Report on sanitation, dispensaries, and jails in Rajputana for 1916, and on vaccination for the year 1916-1917 - 1916-1917
Year: 1916
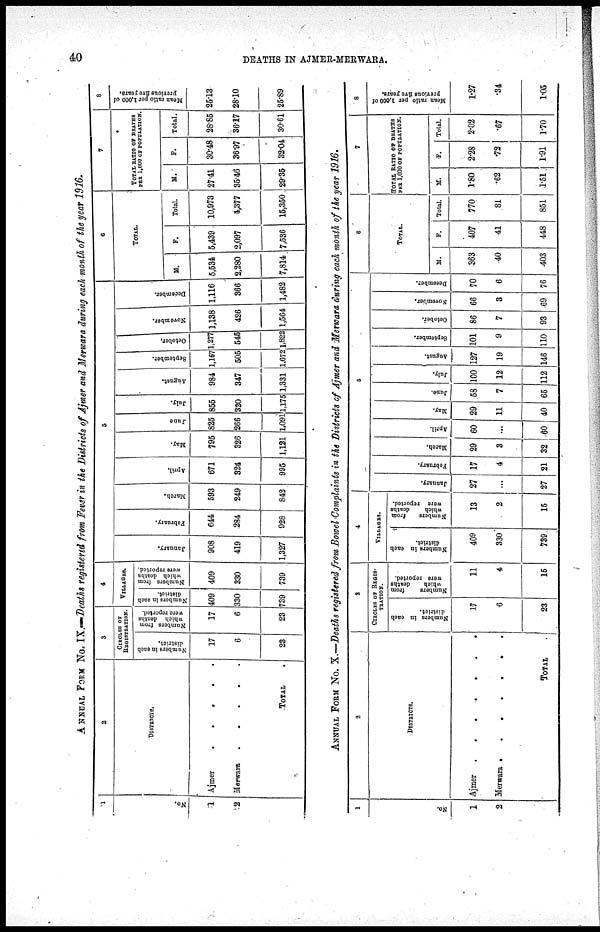
40
DEATHS IN AJMER-MERWARA.
ANNUAL FORM No.IX.—Deaths registered from Fever in the Districts of Ajmer and Merwara during each month of the year 1916.
1
No.
1
2
2
DISTRICTS.
Ajmer
Merwara
TOTAL.
3
CIRCLES OF
REGISTRATION.
Numbers in each
district.
17
6
23
Numbers from
which deaths
were reported.
17
6
23
4
VILLAGES.
Numbers in each
district.
409
330
739
Numbers from
which deaths
were reported.
409
330
739
5
January.
908
419
1,327
February.
644
284
928
March.
593
249
842
April.
671
324
995
May.
796
326
1,121
June
825
266
1,091
July.
855
320
1,175
August.
984
347
1,331
September.
1,167
505
1,672
October.
1,277
545
1,822
November.
1,138 ]
426
1,564
December.
1,116
366
1,482
6
TOTAL.
M.
5,534
2,280
7,814
F.
5,439
2,097
7,536
Total.
10,973
4,377
16,360
7
TOTAL RATIO OF DEATHS
PER 1,000 OF POPULATION.
M.
27.41
35.46
2936
F.
30.48
36.97
32.04
Total.
28.85
36.17
30.61
8
Mean ratio per 1,000 of
previous five years.
25.13
28.10
26.89
ANNUAL FORM No. X.—Deaths registered from Bowel Complaints in the Districts of Ajmer and Merwara during each month of the year 1916.
1
No.
1
2
2
DISTRICTS.
Ajmer
Merwara . . . .
TOTAL
3
CIRCLES OF REGIS¬
TRATION.
Numbers in each
district.
17
6
23
Numbers
from
which
deaths
were reported.
11
4
16
4
VILLAGES.
Numbers in each
district.
409
330
739
Numbers
from
which
deaths
were reported.
13
2
15
5
January.
27
...
27
February.
17
4
21
March.
29
3
32
April.
60
...
60
May.
29
11
40
June.
58
7
65
July.
100
12
112
August.
127
19
146
September.
101
9
110
October.
86
7
93
November.
66
3
69
December.
70
6
76
6
TOTAL.
M.
363
40
403
F.
407
41
448
Total.
770
81
851
7
TOTAL RATIO OF DEATHS
PER 1,000 OF POPULATION.
M.
1.80
.62
1.51
F.
2.28
.72
1.91
Total.
2.02
.67
1.70
8
Mean ratio per 1,000 of
previous five years.
1.27
.34
1.05